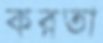
করতা